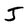
Character: J